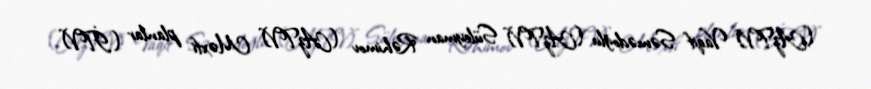
(AzTV) Vaqif Səmədoğlu (AzTV) Süleyman Rəhimov (AzTV) Məxfi planlar (İTV)